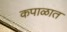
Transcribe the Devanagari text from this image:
कपाळात